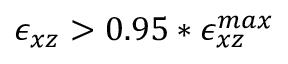
\epsilon _ { x z } > 0 . 9 5 * \epsilon _ { x z } ^ { m a x }